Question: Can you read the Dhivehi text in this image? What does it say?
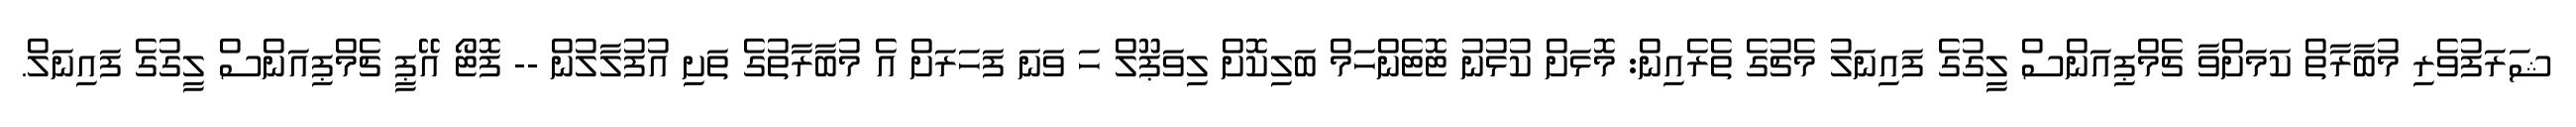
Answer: ޝަރަފުވެރި މުބާރާތް ކަމަށްވާ ޗެމްޕިއަންސް ލީގުގެ ފައިނަލު މެޗުގެ ތެރެއިން: މޮޅަށް ކުޅުނު ޓޮޓެންހަމް ބަލިކޮށް ލިވަޕޫލް ހަ ވަނަ ފަހަރަށް އެ މުބާރާތުގެ ތަށި އުފުލާލުން -- ފޮޓޯ އޭޕީ ޗެމްޕިއަންސް ލީގުގެ ފައިނަލް.